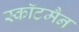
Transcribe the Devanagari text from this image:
स्कॉटमैन